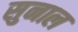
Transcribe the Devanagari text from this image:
सुनाल